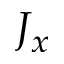
J _ { x }